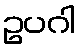
ဥပဂါ